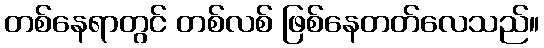
တစ်နေရာတွင် တစ်လစ် ဖြစ်နေတတ်လေသည်။